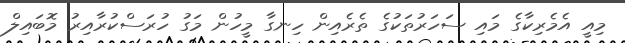
މިއީ އެމެރިކާގެ މައި ސަހަރުތަކުގެ ތެރެއިން ހިނގާ މީހުން މަގު ހުރަސްކުރާއިރު މޮބައިލް